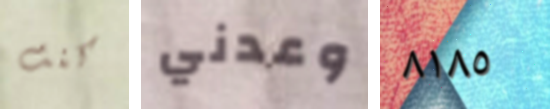
كنت وعدني ٨١٨٥